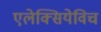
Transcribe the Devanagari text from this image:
एलेक्सियेविच